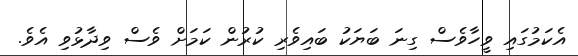
އެކަމުގައި ވީހާވެސް ގިނަ ބަޔަކު ބައިވެރި ކުރުން ކަމަށް ވެސް ވިދާޅުވި އެވެ.